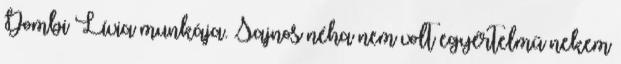
Dombi Lívia munkája. Sajnos néha nem volt egyértelmű nekem